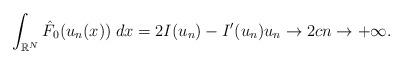
LaTeX: \begin{align*}\int_{\mathbb{R}^N}\hat{F}_0(u_n(x))\;dx = 2I(u_n) - I'(u_n)u_n \to 2c n \to +\infty.\end{align*}